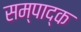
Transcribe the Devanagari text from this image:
सम्पाद्क